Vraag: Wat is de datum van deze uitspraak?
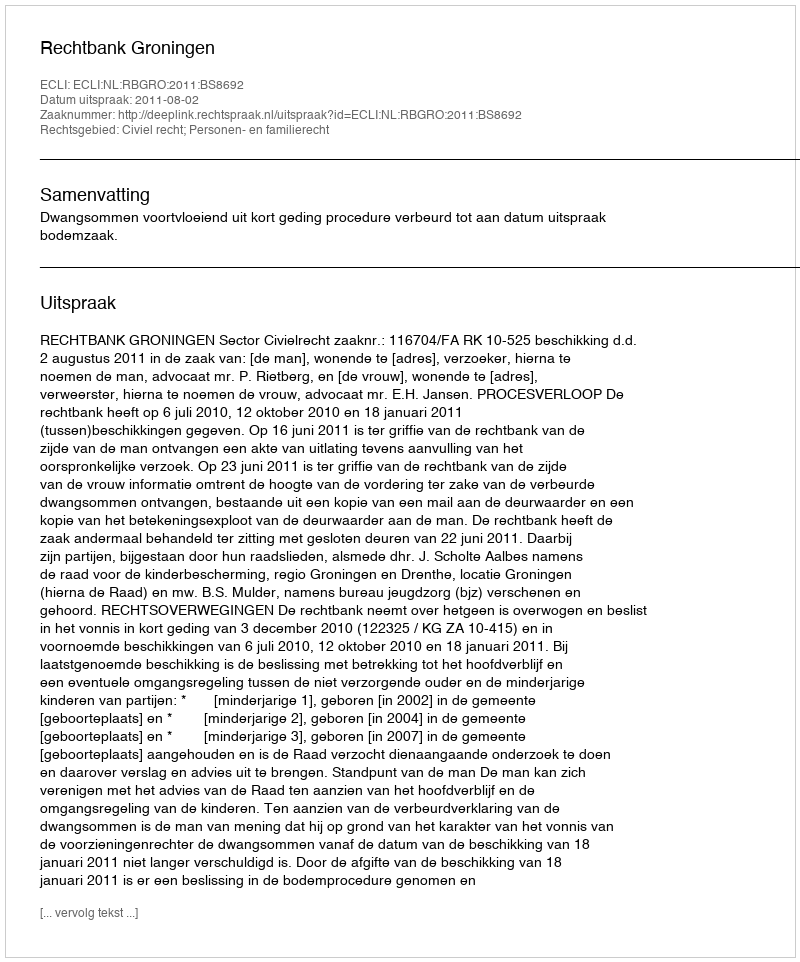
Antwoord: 2011-08-02